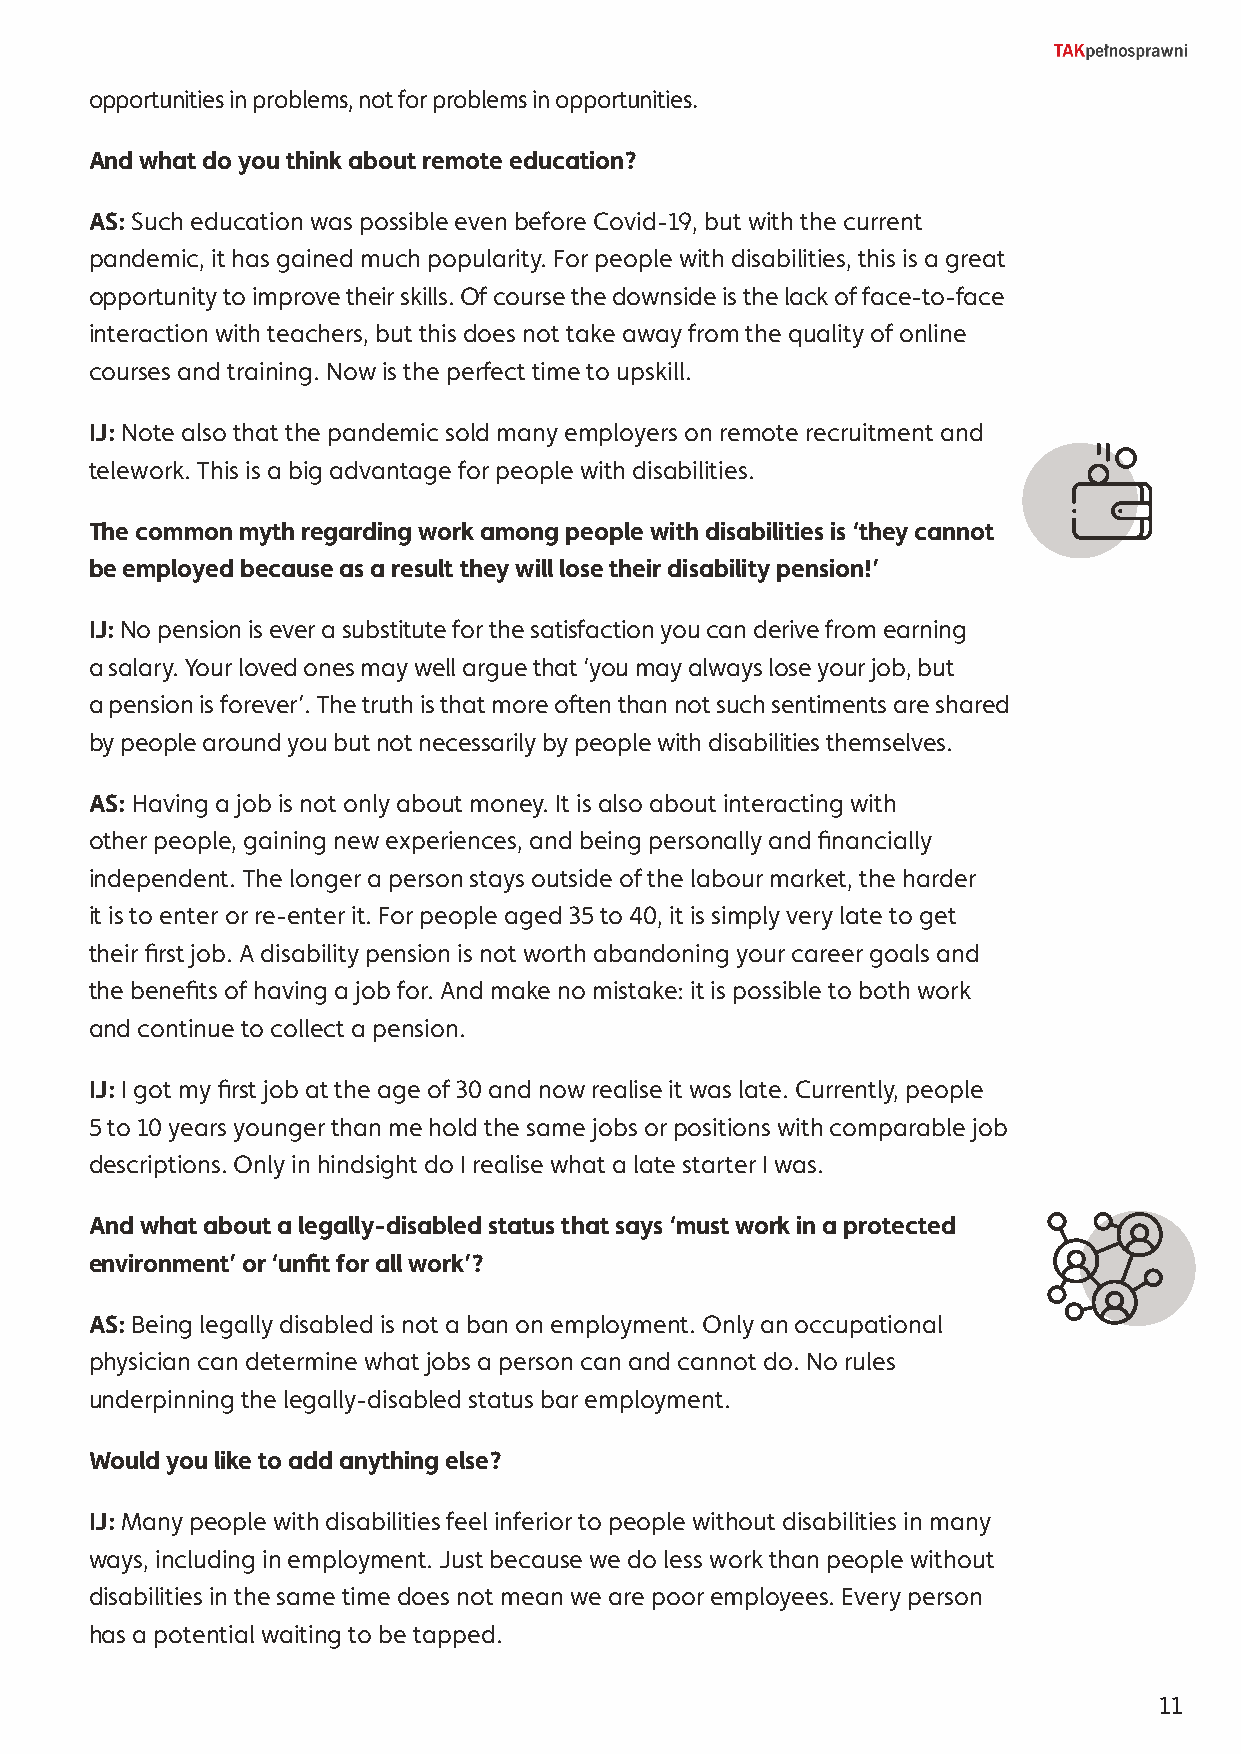
opportunities in problems, not for problems in opportunities.
 And what do you think about remote education?
 AS: Such education was possible even before Covid-19, but with the current
 pandemic, it has gained much popularity. For people with disabilities, this is a great
 opportunity to improve their skills. Of course the downside is the lack of face-to-face
 interaction with teachers, but this does not take away from the quality of online
 courses and training. Now is the perfect time to upskill.
 IJ: Note also that the pandemic sold many employers on remote recruitment and
 telework. This is a big advantage for people with disabilities.
 The common myth regarding work among people with disabilities is ‘they cannot
 be employed because as a result they will lose their disability pension!’
 IJ: No pension is ever a substitute for the satisfaction you can derive from earning
 a salary. Your loved ones may well argue that ‘you may always lose your job, but
 a pension is forever’. The truth is that more often than not such sentiments are shared
 by people around you but not necessarily by people with disabilities themselves.
 AS: Having a job is not only about money. It is also about interacting with
 other people, gaining new experiences, and being personally and financially
 independent. The longer a person stays outside of the labour market, the harder
 it is to enter or re-enter it. For people aged 35 to 40, it is simply very late to get
 their first job. A disability pension is not worth abandoning your career goals and
 the benefits of having a job for. And make no mistake: it is possible to both work
 and continue to collect a pension.
 IJ: I got my first job at the age of 30 and now realise it was late. Currently, people
 5 to 10 years younger than me hold the same jobs or positions with comparable job
 descriptions. Only in hindsight do I realise what a late starter I was.
 And what about a legally-disabled status that says ‘must work in a protected
 environment’ or ‘unfit for all work’?
 AS: Being legally disabled is not a ban on employment. Only an occupational
 physician can determine what jobs a person can and cannot do. No rules
 underpinning the legally-disabled status bar employment.
 Would you like to add anything else?
 IJ: Many people with disabilities feel inferior to people without disabilities in many
 ways, including in employment. Just because we do less work than people without
 disabilities in the same time does not mean we are poor employees. Every person
 has a potential waiting to be tapped.
 11